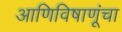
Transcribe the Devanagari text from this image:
आणिविषाणूंचा